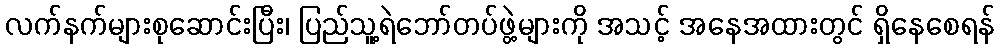
လက်နက်များစုဆောင်းပြီး၊ ပြည်သူ့ရဲဘော်တပ်ဖွဲ့များကို အသင့် အနေအထားတွင် ရှိနေစေရန်